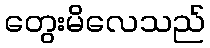
တွေးမိလေသည်